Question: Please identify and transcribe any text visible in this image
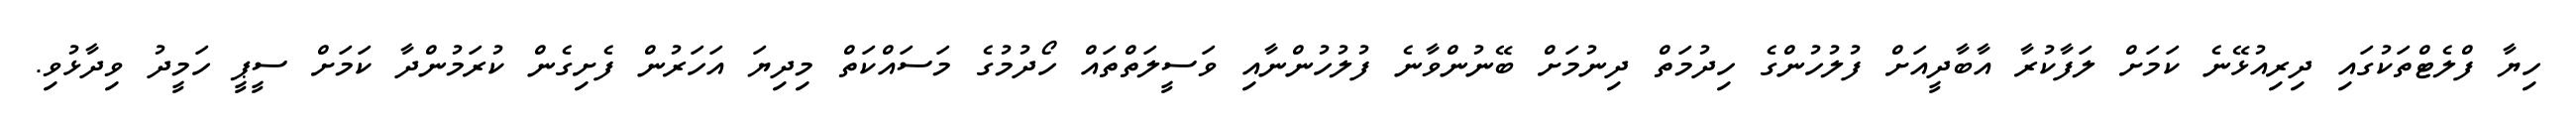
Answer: ހިޔާ ފްލެޓްތަކުގައި ދިރިއުޅޭނެ ކަމަށް ލަފާކުރާ އާބާދީއަށް ފުލުހުންގެ ހިދުމަތް ދިނުމަށް ބޭނުންވާނެ ފުލުހުންނާއި ވަސީލަތްތައް ހޯދުމުގެ މަސައްކަތް މިދިޔަ އަހަރުން ފެށިގެން ކުރަމުންދާ ކަމަށް ސީޕީ ހަމީދު ވިދާޅުވި.